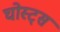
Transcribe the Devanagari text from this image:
घोस्ट्‌स